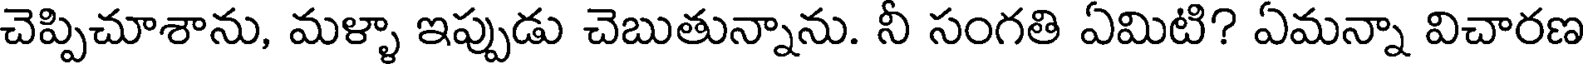
చెప్పిచూశాను, మళ్ళా ఇప్పుడు చెబుతున్నాను. నీ సంగతి ఏమిటి? ఏమన్నా విచారణ